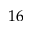
1 6